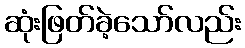
ဆုံးဖြတ်ခဲ့သော်လည်း